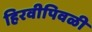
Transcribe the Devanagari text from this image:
हिरवीपिवळी